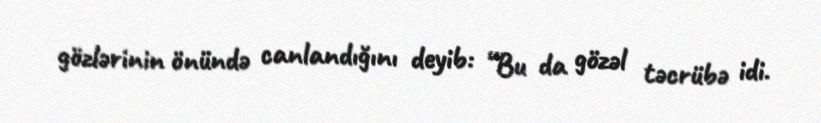
gözlərinin önündə canlandığını deyib: “Bu da gözəl təcrübə idi.